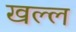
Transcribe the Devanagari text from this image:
खल्ल